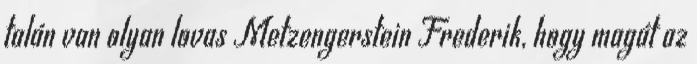
talán van olyan lovas Metzengerstein Frederik, hogy magát az